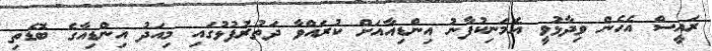
ރައީސް އެހެން ވިދާޅުވީ އެމަނިކުފާނު އިންޑިއާއަށް ކުރައްވާ ދަތުރުފުޅުގައި މިއަދު އިންޑިއާގެ ބޮޑެތި